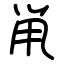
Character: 鼡